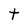
Character: t